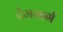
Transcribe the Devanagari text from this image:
प्रेममार्ग